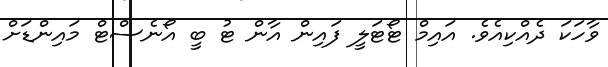
ވާހަކަ ދެއްކިއެވެ. އައިމް ޓޯޓަލީ ފައިން އާން ޓު ބީ އޯނެސްޓް މައިންޑަށް